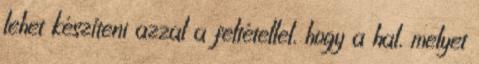
lehet készíteni azzal a feltétellel, hogy a hal, melyet